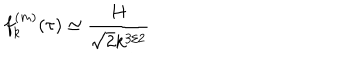
LaTeX: f _ { k } ^ { ( m ) } ( \tau ) \simeq \frac { H } { \sqrt { 2 } k ^ { 3 / 2 } }